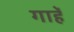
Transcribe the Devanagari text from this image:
गाहें